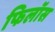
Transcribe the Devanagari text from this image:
फिलॉस